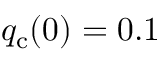
q _ { \mathrm { c } } ( 0 ) = 0 . 1